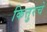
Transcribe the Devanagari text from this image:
कित्तुरचे